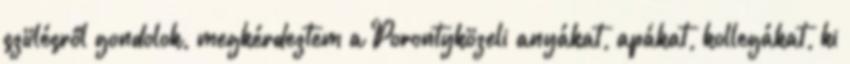
szülésről gondolok, megkérdeztem a Porontyközeli anyákat, apákat, kollegákat, ki